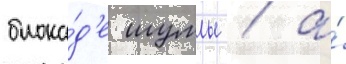
блока́д'е шумлы / а́